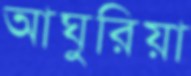
আঘুরিয়া